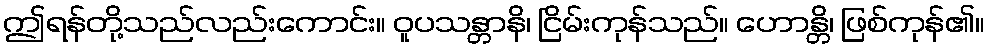
ဤရန်တို့သည်လည်းကောင်း။ ဝူပသန္တာနိ၊ ငြိမ်းကုန်သည်။ ဟောန္တိ၊ ဖြစ်ကုန်၏။